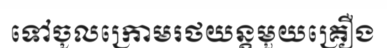
ទៅចូលក្រោមរថយន្តមួយគ្រឿង